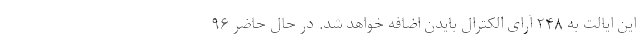
این ایالت به ۲۴۸ آرای الکترال بایدن اضافه خواهد شد. در حال حاضر ۹۶